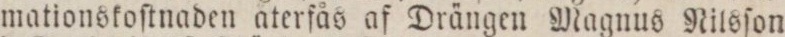
mationskoſtnaden aterfås af Drängen Magnus Rilson